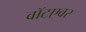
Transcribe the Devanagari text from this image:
वॉटएवर